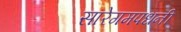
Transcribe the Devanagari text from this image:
सारेगमपधनी